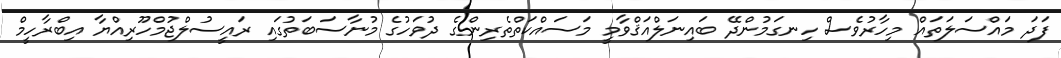
ފަދަ މައްސަލަތައް މިހާރުވެސް ހިނގަމުންދޭ ބައިނަލްއަޤްވާމީ މަސައްކަތްތެރިންގެ ދުވަހުގެ މުނާސަބަތުގައި ރައީސުލްޖުމްހޫރިއްޔާ އިބްރާހީމް